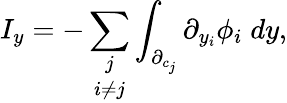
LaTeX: I_{y}=-\underset{i\neq j}{\sum_{j}}\int_{\partial_{c_{j}}}\partial_{y_{i}}\phi_{i}\; dy,